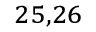
^ { 2 5 , 2 6 }